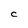
Character: c